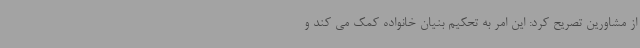
از مشاورین تصریح کرد: این امر به تحکیم بنیان خانواده کمک می کند و